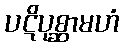
ပဋိပုစ္ဆာမဟံ